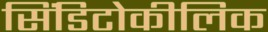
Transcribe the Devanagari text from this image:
सिंडिटोकीलिक